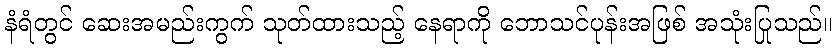
နံရံတွင် ဆေးအမည်းကွက် သုတ်ထားသည့် နေရာကို ဘောသင်ပုန်းအဖြစ် အသုံးပြုသည်။